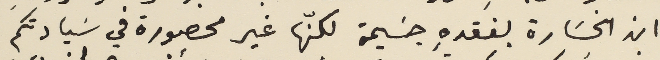
ان الخسَارة بفقدهِ جسيمة لكنّها غير محصورة في سَيادتكم